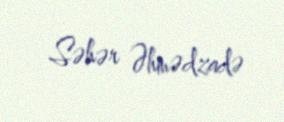
Səhər Əhmədzadə